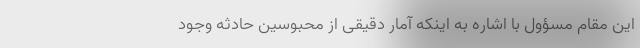
این مقام مسؤول با اشاره به اینکه آمار دقیقی از محبوسین حادثه وجود